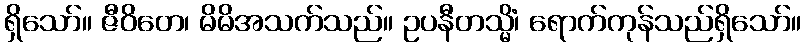
ရှိသော်။ ဇီဝိတေ၊ မိမိအသက်သည်။ ဥပနီတသ္မိံ၊ ရောက်ကုန်သည်ရှိသော်။